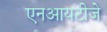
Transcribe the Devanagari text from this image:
एनआयटीजे